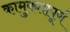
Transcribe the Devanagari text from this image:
कामुकतापूर्ण